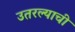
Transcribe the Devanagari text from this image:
उतरल्याची